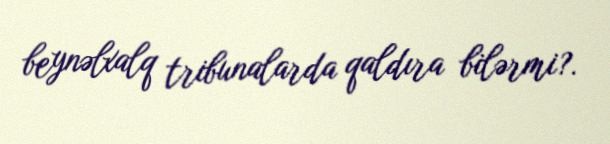
beynəlxalq tribunalarda qaldıra bilərmi?.